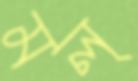
মল্‌